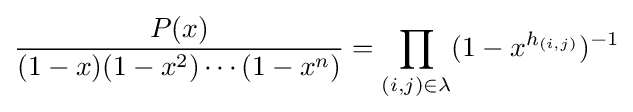
{\frac {P(x)}{(1-x)(1-x^{2})\cdots (1-x^{n})}}=\prod _{(i,j)\in \lambda }(1-x^{h_{(i,j)}})^{-1}